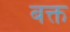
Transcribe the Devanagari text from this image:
बक्त